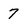
Character: 7